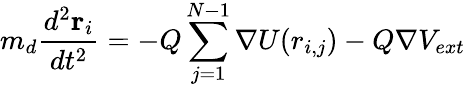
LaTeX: m_{d}\frac{d^{2}\mathbf{r}_{i}}{dt^{2}}=-Q\sum_{j=1}^{N-1}\nabla U(r_{i,j})-Q\nabla V_{ext}